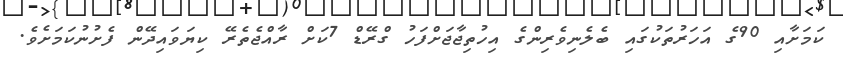
ކަމަށާއި 90ގެ އަހަރުތަކުގައި ބެލެނިވެރިންގެ އިހުތިޖާޖަށްފަހު ގްރޭޑް 7ކަށް ރާއްޖެތެރޭ ކިޔަވައިދޭން ފެށުނުކަމަށެވެ.